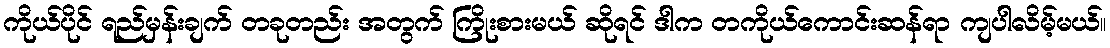
ကိုယ်ပိုင် ရည်မှန်းချက် တခုတည်း အတွက် ကြိုးစားမယ် ဆိုရင် ဒါက တကိုယ်ကောင်းဆန်ရာ ကျပါလိမ့်မယ်။